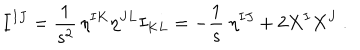
I ^ { I J } = \frac { 1 } { s ^ { 2 } } \, \eta ^ { I K } \eta ^ { J L } I _ { K L } = - \frac 1 s \ \eta ^ { I J } + 2 X ^ { I } X ^ { J } \ .